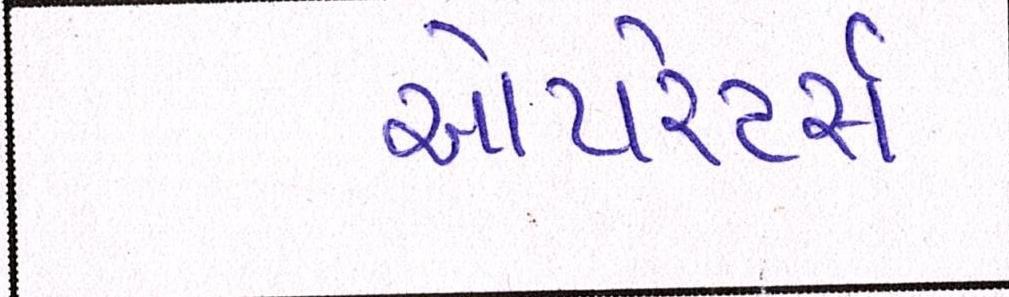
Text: ઓપરેટર્સ